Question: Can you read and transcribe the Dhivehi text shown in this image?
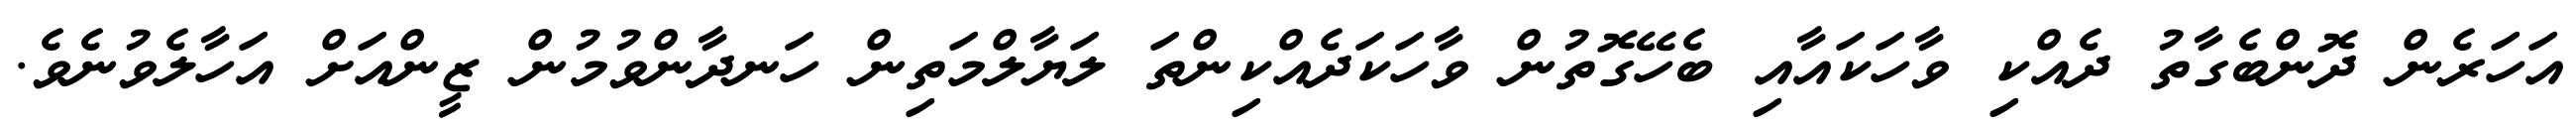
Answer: އަހަރެން ދޮންބެގާތު ދެއްކި ވާހަކައާއި ބެހޭގޮތުން ވާހަކަދެއްކިންތަ ލަޔާލްމަތިން ހަނދާންވުމުން ޒީންއަށް އަހާލެވުނެވެ.